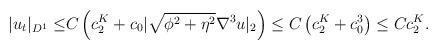
LaTeX: \begin{align*}|u_t|_{D^1}\leq& C\left(c^{K}_2+c_0|\sqrt{\phi^2+\eta^2} \nabla^3 u|_2\right)\leq C\left(c^{K}_2+c^3_0\right)\leq Cc^{K}_2.\end{align*}